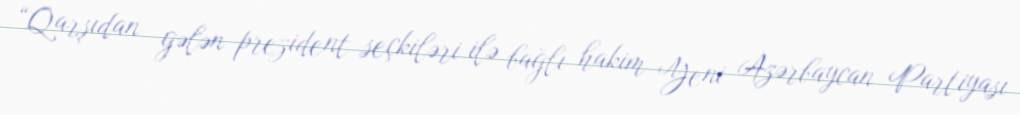
“Qarşıdan gələn prezident seçkiləri ilə bağlı hakim Yeni Azərbaycan Partiyası